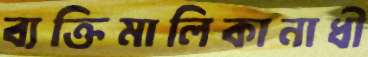
ব্যক্তিমালিকানাধী